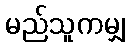
မည်သူကမျှ